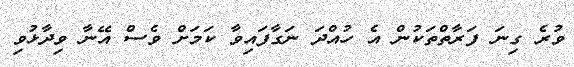
ވުރެ ގިނަ ފަރާތްތަކުން އެ ހުއްދަ ނަގާފައިވާ ކަމަށް ވެސް އޭނާ ވިދާޅުވި